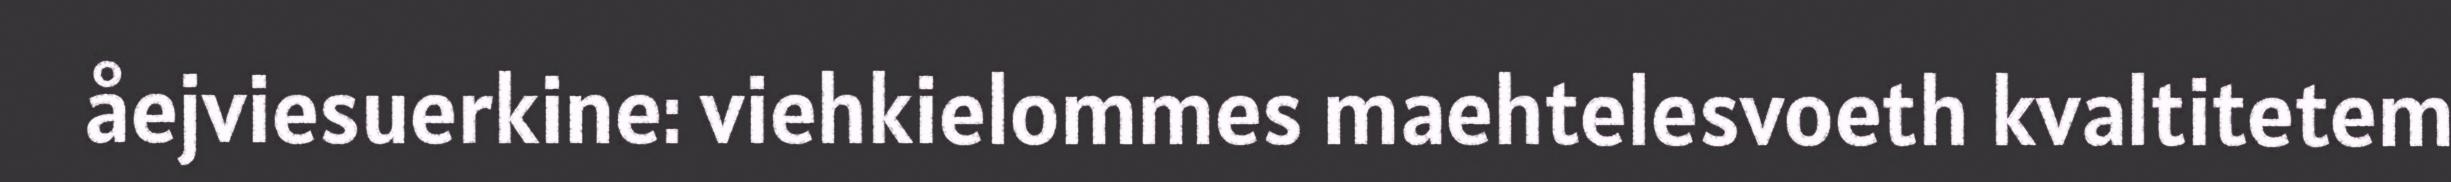
åejviesuerkine: viehkielommes maehtelesvoeth kvaltitetem